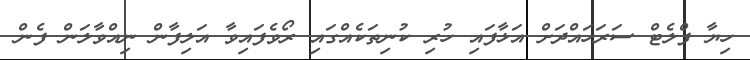
ހިޔާ ފްލެޓް ސަރަހައްދަށް އަޅާފައި ހުރި ކުނިތަކެއްގައި ރޯވެފައިވާ އަލިފާން ނިއްވާލަން ފެން